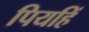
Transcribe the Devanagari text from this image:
पियहिं